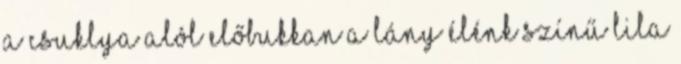
A csuklya alól előbukkan a lány élénk színű lila